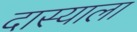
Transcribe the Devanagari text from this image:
दास्याला